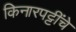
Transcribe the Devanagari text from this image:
किनारपट्टींचे